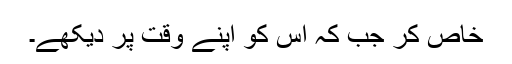
خاص کر جب کہ اس کو اپنے وقت پر دیکھے۔